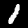
Digit: 1